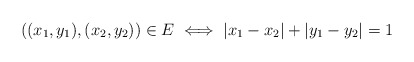
\begin{align*} ((x_1,y_1),(x_2,y_2))\in E \iff |x_1-x_2|+ |y_1-y_2|=1\end{align*}